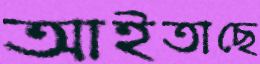
আইতাছে